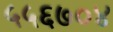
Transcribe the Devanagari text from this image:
५५६७०४